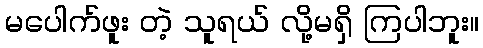
မပေါက်ဖူး တဲ့ သူရယ် လို့မရှိ ကြပါဘူး။